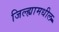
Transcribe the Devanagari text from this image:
जिल्‍ह्यामधील